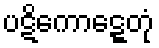
ပဋိကောဋ္ဋေတုံ